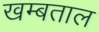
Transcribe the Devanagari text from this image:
खम्बताल